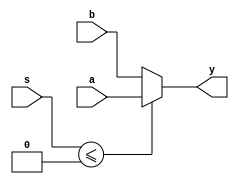
module mux21(a,b,s,y);
	input a,b,s;
	output y;
	reg y;
	always @(a,b,s)
    
        

	if(s<=0)
	 	y=a;
	else
	 	y=b;
        

	
endmodule